Vaccination in Bombay 1863-1868 - 1863-1868
Year: 1863
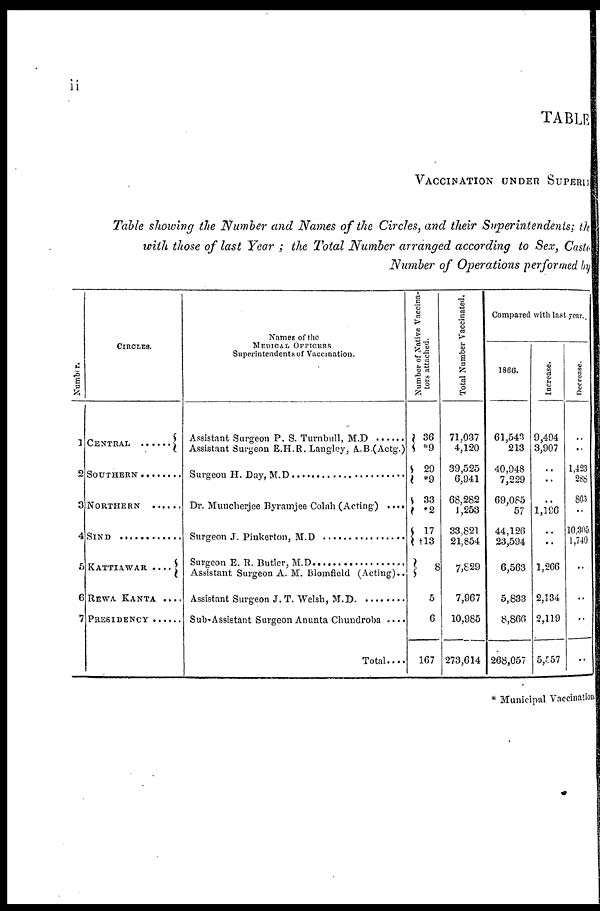
ii
TABLE
VACCINATION UNDER SUPERIN
Table showing the Number and Names of the Circles, and their Superintendents; the
with those of last Year ; the Total Number arranged according to Sex, Caste
Number of Operations performed by
Number.
1
2
3
4
5
6
7
CIRCLES.
CENTRAL .......
SOUTHERN ........
NORTHERN......
SIND ..............
KATTIAWAR ....
REWA KANTA ....
PRESIDENCY ......
Names of the
MEDICAL OFFICERS
Superintendents of Vaccination.
Assistant Surgeon P. S. Turnbull, M.D
Assistant Surgeon E.H.R. Langley, A..B.(Actg.)
Surgeon H.Day, M.D. ............................
Dr. Muncherjee Byramjee Colah (Acting) ....
Surgeon J.Pinkerton, M.D. ...................
Surgeon E.R. Butler, M.D. .................
Assistant Surgeon A. M. Blomfield (Acting)..
Assistant Surgeon J. T. Welsh, M.D
Sub-Assistant Surgeon Anunta Chundroba
Total ....
Number of Native Vaccina-
tors attached.
36
*9
29
*9
33
*2
17
†13
8
5
6
167
Total Number Vaccinated.
71,037
4,120
39,525
6,941
68,282
1,253
33,821
21,854
7,829
7,967
10,985
273,614
Compared with last year.
1866.
61,543
213
40,948
7,229
69,085
57
44,126
23,594
6,563
5,833
8,866
268,057
Increase.
9,494
3,907
..
..
..
1,196
..
..
1,266
2,134
2,119
5,557
Decrease.
..
..
1,423
288
803
..
10,305
1,740
..
..
..
..
* Municipal Vaccination